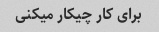
برای کار چیکار میکنی